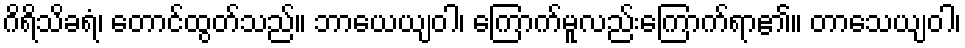
ဂိရိသိခရံ၊ တောင်ထွတ်သည်။ ဘာယေယျဝါ၊ ကြောက်မူလည်းကြောက်ရာ၏။ တာသေယျဝါ၊